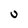
Character: u